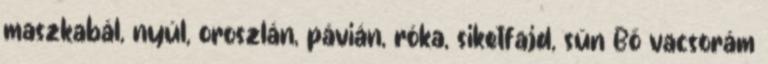
maszkabál, nyúl, oroszlán, pávián, róka, siketfajd, sün Bő vacsorám